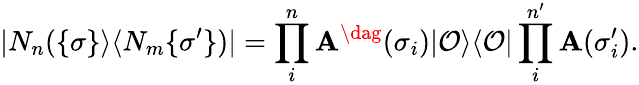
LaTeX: |N_{n}(\{ \sigma\} \rangle\langle N_{m}\{ \sigma^{\prime}\} )|=\prod_{i}^{n}{\mathbf A}^{\dag}(\sigma_{i})|{\cal O}\rangle\langle{\cal O}|\prod_{i}^{n^{\prime}}{\mathbf A}(\sigma_{i}^{\prime}).